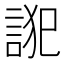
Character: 𮘋